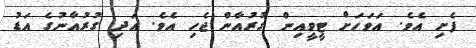
ފެށި އެވެ. އަވަހަށް ޓީވީއިން ގުރުއާން ޖެހި އެވެ. އަދި ގުރުއާނުގެ އަޑު